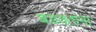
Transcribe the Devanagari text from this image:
बडवतांना